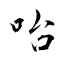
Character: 咍